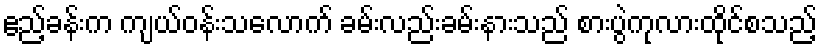
ဧည့်ခန်းက ကျယ်ဝန်းသလောက် ခမ်းလည်းခမ်းနားသည် စားပွဲကုလားထိုင်စသည့်